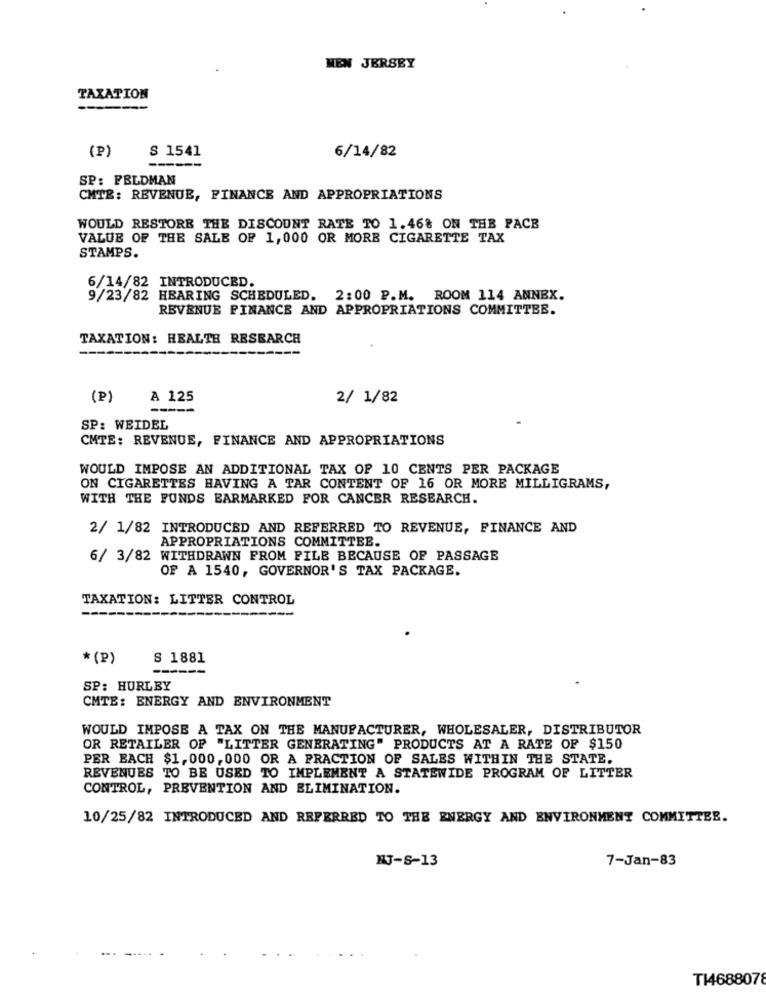
MEN JERSEY
TAXATION
S 1541
(P)
6/14/82
--
SP: FELDMAN
CMTE: REVENUE, FINANCE AND APPROPRIATIONS
WOULD RESTORE THE DISCOUNT RATE TO 1.46% ON THE PACE
VALUE OF THE SALE OF 1,000 OR MORE CIGARETTE TAX
STAMPS.
6/14/82 INTRODUCED.
9/23/82 HEARING SCHEDULED. 2:00 P.M. ROOM 114 ANNEX.
REVENUE FINANCE AND APPROPRIATIONS COMMITTEE.
TAXATION: HEALTH RESEARCH
(P)
A 125
2/ 1/82
SP: WEIDEL
CMTE: REVENUE, FINANCE AND APPROPRIATIONS
WOULD IMPOSE AN ADDITIONAL TAX OF 10 CENTS PER PACKAGE
ON CIGARETTES HAVING A TAR CONTENT OF 16 OR MORE MILLIGRAMS,
WITH THE FUNDS EARMARKED FOR CANCER RESEARCH.
2/ 1/82 INTRODUCED AND REFERRED TO REVENUE, FINANCE AND
APPROPRIATIONS COMMITTEE.
6/ 3/82 WITHDRAWN FROM FILE BECAUSE OF PASSAGE
OF A 1540, GOVERNOR'S TAX PACKAGE.
TAXATION: LITTER CONTROL
---
--
* (P)
S 1881
SP: HURLEY
CMTE: ENERGY AND ENVIRONMENT
WOULD IMPOSE A TAX ON THE MANUFACTURER, WHOLESALER, DISTRIBUTOR
OR RETAILER OF "LITTER GENERATING" PRODUCTS AT A RATE OF $150
PER EACH $1,000,000 OR A PRACTION OF SALES WITHIN THE STATE.
REVENUES TO BE USED TO IMPLEMENT A STATEWIDE PROGRAM OF LITTER
CONTROL, PREVENTION AND ELIMINATION.
10/25/82 INTRODUCED AND REFERRED TO THE ENERGY AND ENVIRONMENT COMMITTEE.
RJ-S-13
7-Jan-83
TI468807